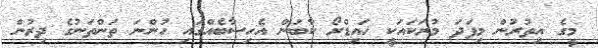
މީގެ އިތުރުން މިފަދަ މުރަކައަކީ ހައިޑްރޯ ކާބަން އެހިސާބެއްގައި ހުންނަ ތަންތަނުގެ ދިރުން